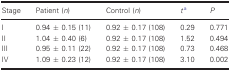
| Stage | Patient (n) | Control (n) | ta | P |
 | --- | --- | --- | --- | --- |
 | I | 0.94 ± 0.15 (11) | 0.92 ± 0.17 (108) | 0.29 | 0.771 |
 | II | 1.04 ± 0.40 (6) | 0.92 ± 0.17 (108) | 1.52 | 0.494 |
 | III | 0.95 ± 0.11 (22) | 0.92 ± 0.17 (108) | 0.73 | 0.468 |
 | IV | 1.09 ± 0.23 (12) | 0.92 ± 0.17 (108) | 3.10 | 0.002 |